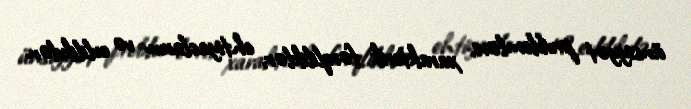
ünsiyyət problemləri, xarakterik fərqliliklər, ehtiyacların və evlilikdən